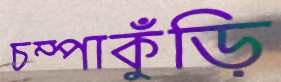
চম্পাকুঁড়ি